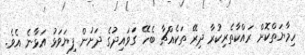
ހިމާޔަތްކޮށް ރައްކާތެރިކުރާ ދިރޭ ތަކެއްޗާ ބެހޭ ގަވައިދުގެ ދަށުން ފިޔަވަޅު އަޅާނެ އެވެ.